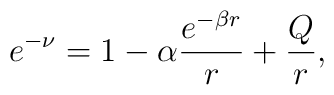
e^{-\nu}=1-\alpha\frac{e^{-\beta r}}{r}+\frac{Q}{r},